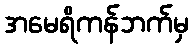
အမေရိကန်ဘက်မှ